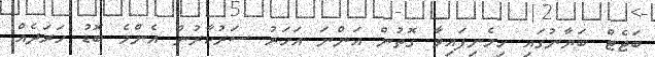
ބަޖެޓް ބަޔާނުގައި ހިމެނިފައިވާ ގޮތުން އަންނަ އަހަރު ސަރުކާރުން އެންމެ ބޮޑު ހަރަދެއް